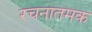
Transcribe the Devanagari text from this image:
रचनातमक